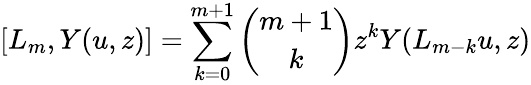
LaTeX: [L_{m},Y(u,z)]=\sum_{k=0}^{m+1}{\binom{m+1}{k}}z^{k}Y(L_{m-k}u,z)